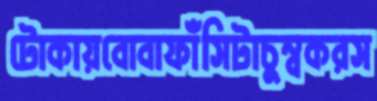
টোকায়বোবাফাঁসিটাচুম্বকরস